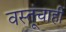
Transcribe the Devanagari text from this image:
वस्तूंचाही